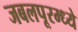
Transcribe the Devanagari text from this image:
जबलपूरम्ध्ये